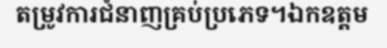
តម្រូវការជំនាញគ្រប់ប្រភេទ។ឯកឧត្តម